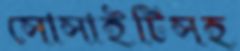
সোসাইটিসহ